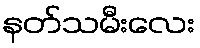
နတ်သမီးလေး